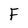
Character: F